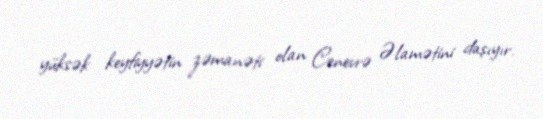
yüksək keyfiyyətin zəmanəti olan Cenevrə Əlamətini daşıyır.